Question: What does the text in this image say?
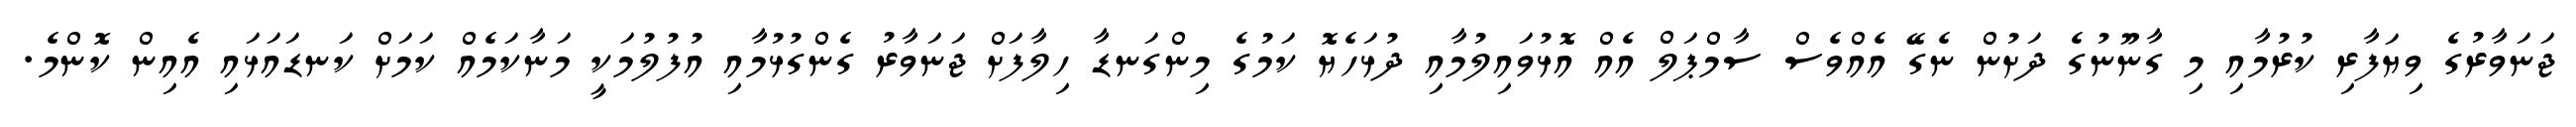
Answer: ޖަނަވާރުގެ ވިޔަފާރި ކުރުމާއި މި ގާނޫނުގެ ދަށުން ނެގޭ އެއްވެސް ސާމްޕަލް އެއް އޮޅުވައިލުމާއި ދުޅަހެޔޮ ކަމުގެ މިންގަނޑާ ހިލާފަށް ޖަނަވާރު ގެންގުޅުމާއި އުފުލުމަކީ މަނާކަމެއް ކަމަށް ކަނޑައަޅައި އެއިން ކޮންމެ.